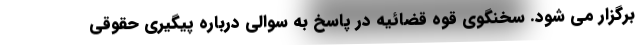
برگزار می شود. سخنگوی قوه قضائیه در پاسخ به سوالی درباره پیگیری حقوقی